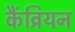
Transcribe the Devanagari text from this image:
कैंव्रियन